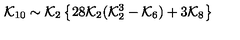
{ \cal K } _ { 1 0 } \sim { \cal K } _ { 2 } \left\{ 2 8 { \cal K } _ { 2 } ( { \cal K } _ { 2 } ^ { 3 } - { \cal K } _ { 6 } ) + 3 { \cal K } _ { 8 } \right\}